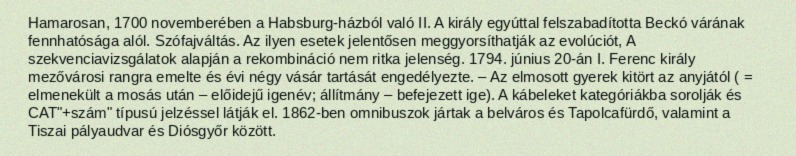
Hamarosan, 1700 novemberében a Habsburg-házból való II. A király egyúttal felszabadította Beckó várának fennhatósága alól. Szófajváltás. Az ilyen esetek jelentősen meggyorsíthatják az evolúciót, A szekvenciavizsgálatok alapján a rekombináció nem ritka jelenség. 1794. június 20-án I. Ferenc király mezővárosi rangra emelte és évi négy vásár tartását engedélyezte. – Az elmosott gyerek kitört az anyjától ( = elmenekült a mosás után – előidejű igenév; állítmány – befejezett ige). A kábeleket kategóriákba sorolják és CAT"+szám" típusú jelzéssel látják el. 1862-ben omnibuszok jártak a belváros és Tapolcafürdő, valamint a Tiszai pályaudvar és Diósgyőr között.